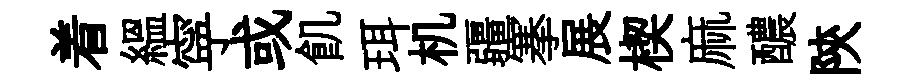
着緼寜或飢珥机疆搴展楔麻醲陝